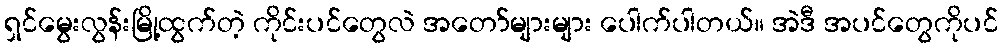
ရှင်မွေးလွန်းမြို့ထွက်တဲ့ ကိုင်းပင်တွေလဲ အတော်များများ ပေါက်ပါတယ်။ အဲဒီ အပင်တွေကိုပင်